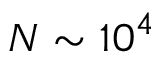
N \sim 1 0 ^ { 4 }